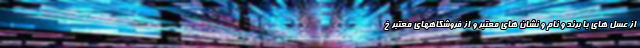
از عسل های با برند و نام و نشان های معتبر و از فروشگاههای معتبر خ